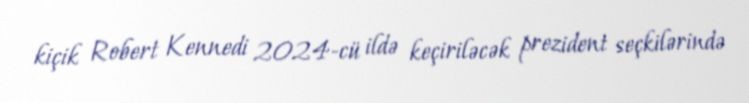
kiçik Robert Kennedi 2024-cü ildə keçiriləcək prezident seçkilərində